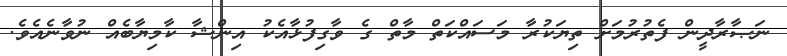
ނަޞާރާދީން ފެތުރުމަށް ތިޔަކުރާ މަސައްކަތް މާތް ގެ ވާގިފުޅާއެކު އިންޝާ ކާމިޔާބެއް ނުވާނެއެވެ.